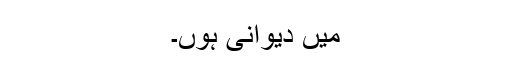
میں دیوانی ہوں۔